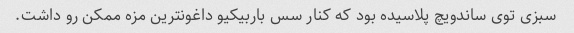
سبزی توی ساندویچ پلاسیده بود که کنار سس باربیکیو داغونترین مزه ممکن رو داشت.